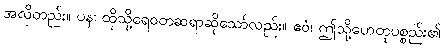
အလိုတည်း။ ပန၊ ထိုသို့ရေဝတဆရာဆိုသော်လည်း။ ဧဝံ၊ ဤသို့ဟေတုပစ္စည်း၏